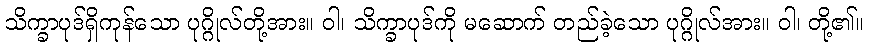
သိက္ခာပုဒ်ရှိကုန်သော ပုဂ္ဂိုလ်တို့အား။ ဝါ၊ သိက္ခာပုဒ်ကို မဆောက် တည်ခဲ့သော ပုဂ္ဂိုလ်အား။ ဝါ၊ တို့၏။